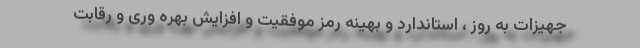
جهیزات به روز ، استاندارد و بهینه رمز موفقیت و افزایش بهره وری و رقابت